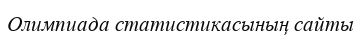
Олимпиада статистикасының сайты